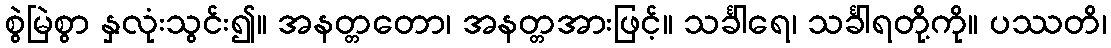
စွဲမြဲစွာ နှလုံးသွင်း၍။ အနတ္တတော၊ အနတ္တအားဖြင့်။ သင်္ခါရေ၊ သင်္ခါရတို့ကို။ ပဿတိ၊